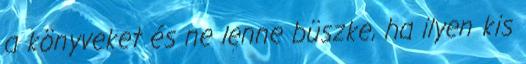
a könyveket és ne lenne büszke, ha ilyen kis